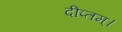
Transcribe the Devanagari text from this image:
दीप्तम्।